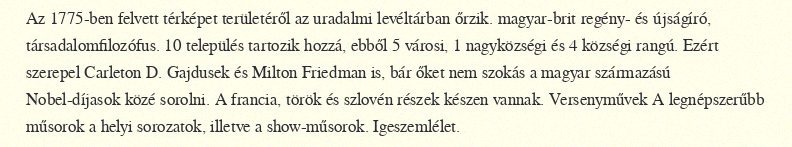
Az 1775-ben felvett térképet területéről az uradalmi levéltárban őrzik. magyar-brit regény- és újságíró, társadalomfilozófus. 10 település tartozik hozzá, ebből 5 városi, 1 nagyközségi és 4 községi rangú. Ezért szerepel Carleton D. Gajdusek és Milton Friedman is, bár őket nem szokás a magyar származású Nobel-díjasok közé sorolni. A francia, török és szlovén részek készen vannak. Versenyművek A legnépszerűbb műsorok a helyi sorozatok, illetve a show-műsorok. Igeszemlélet.